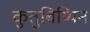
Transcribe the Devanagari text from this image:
कुतुबिय्यिन